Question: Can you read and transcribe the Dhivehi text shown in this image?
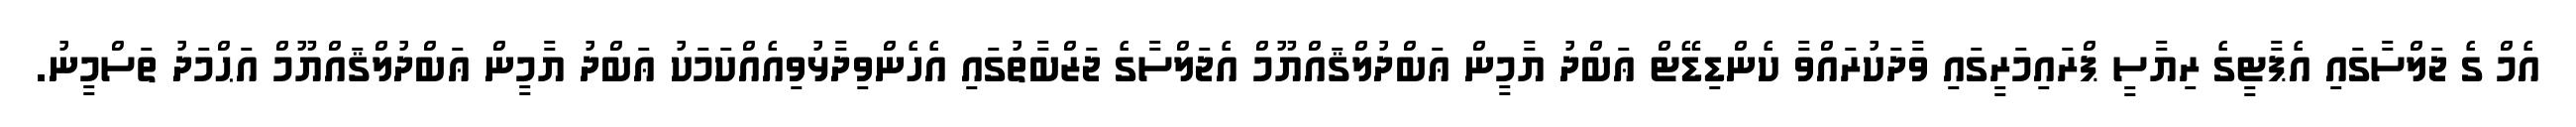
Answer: އެމް ގެ ޖަލްސާގައި އެޕާޓީގެ ރިޔާސީ ޕްރައިމަރީގައި ވާދަކުރައްވާ ކެންޑިޑޭޓް ޢަބްދު ޔާމީން ޢަބްދުލްޤައްޔޫމް އެޖަލްސާގެ ޖަޒްބާތުގައި އެހެންވިދާޅުވިއެއްކަމަކު ޢަބްދު ޔާމީން ޢަބްދުލްޤައްޔޫމް އަޙްމަދު ތަސްމީނު.